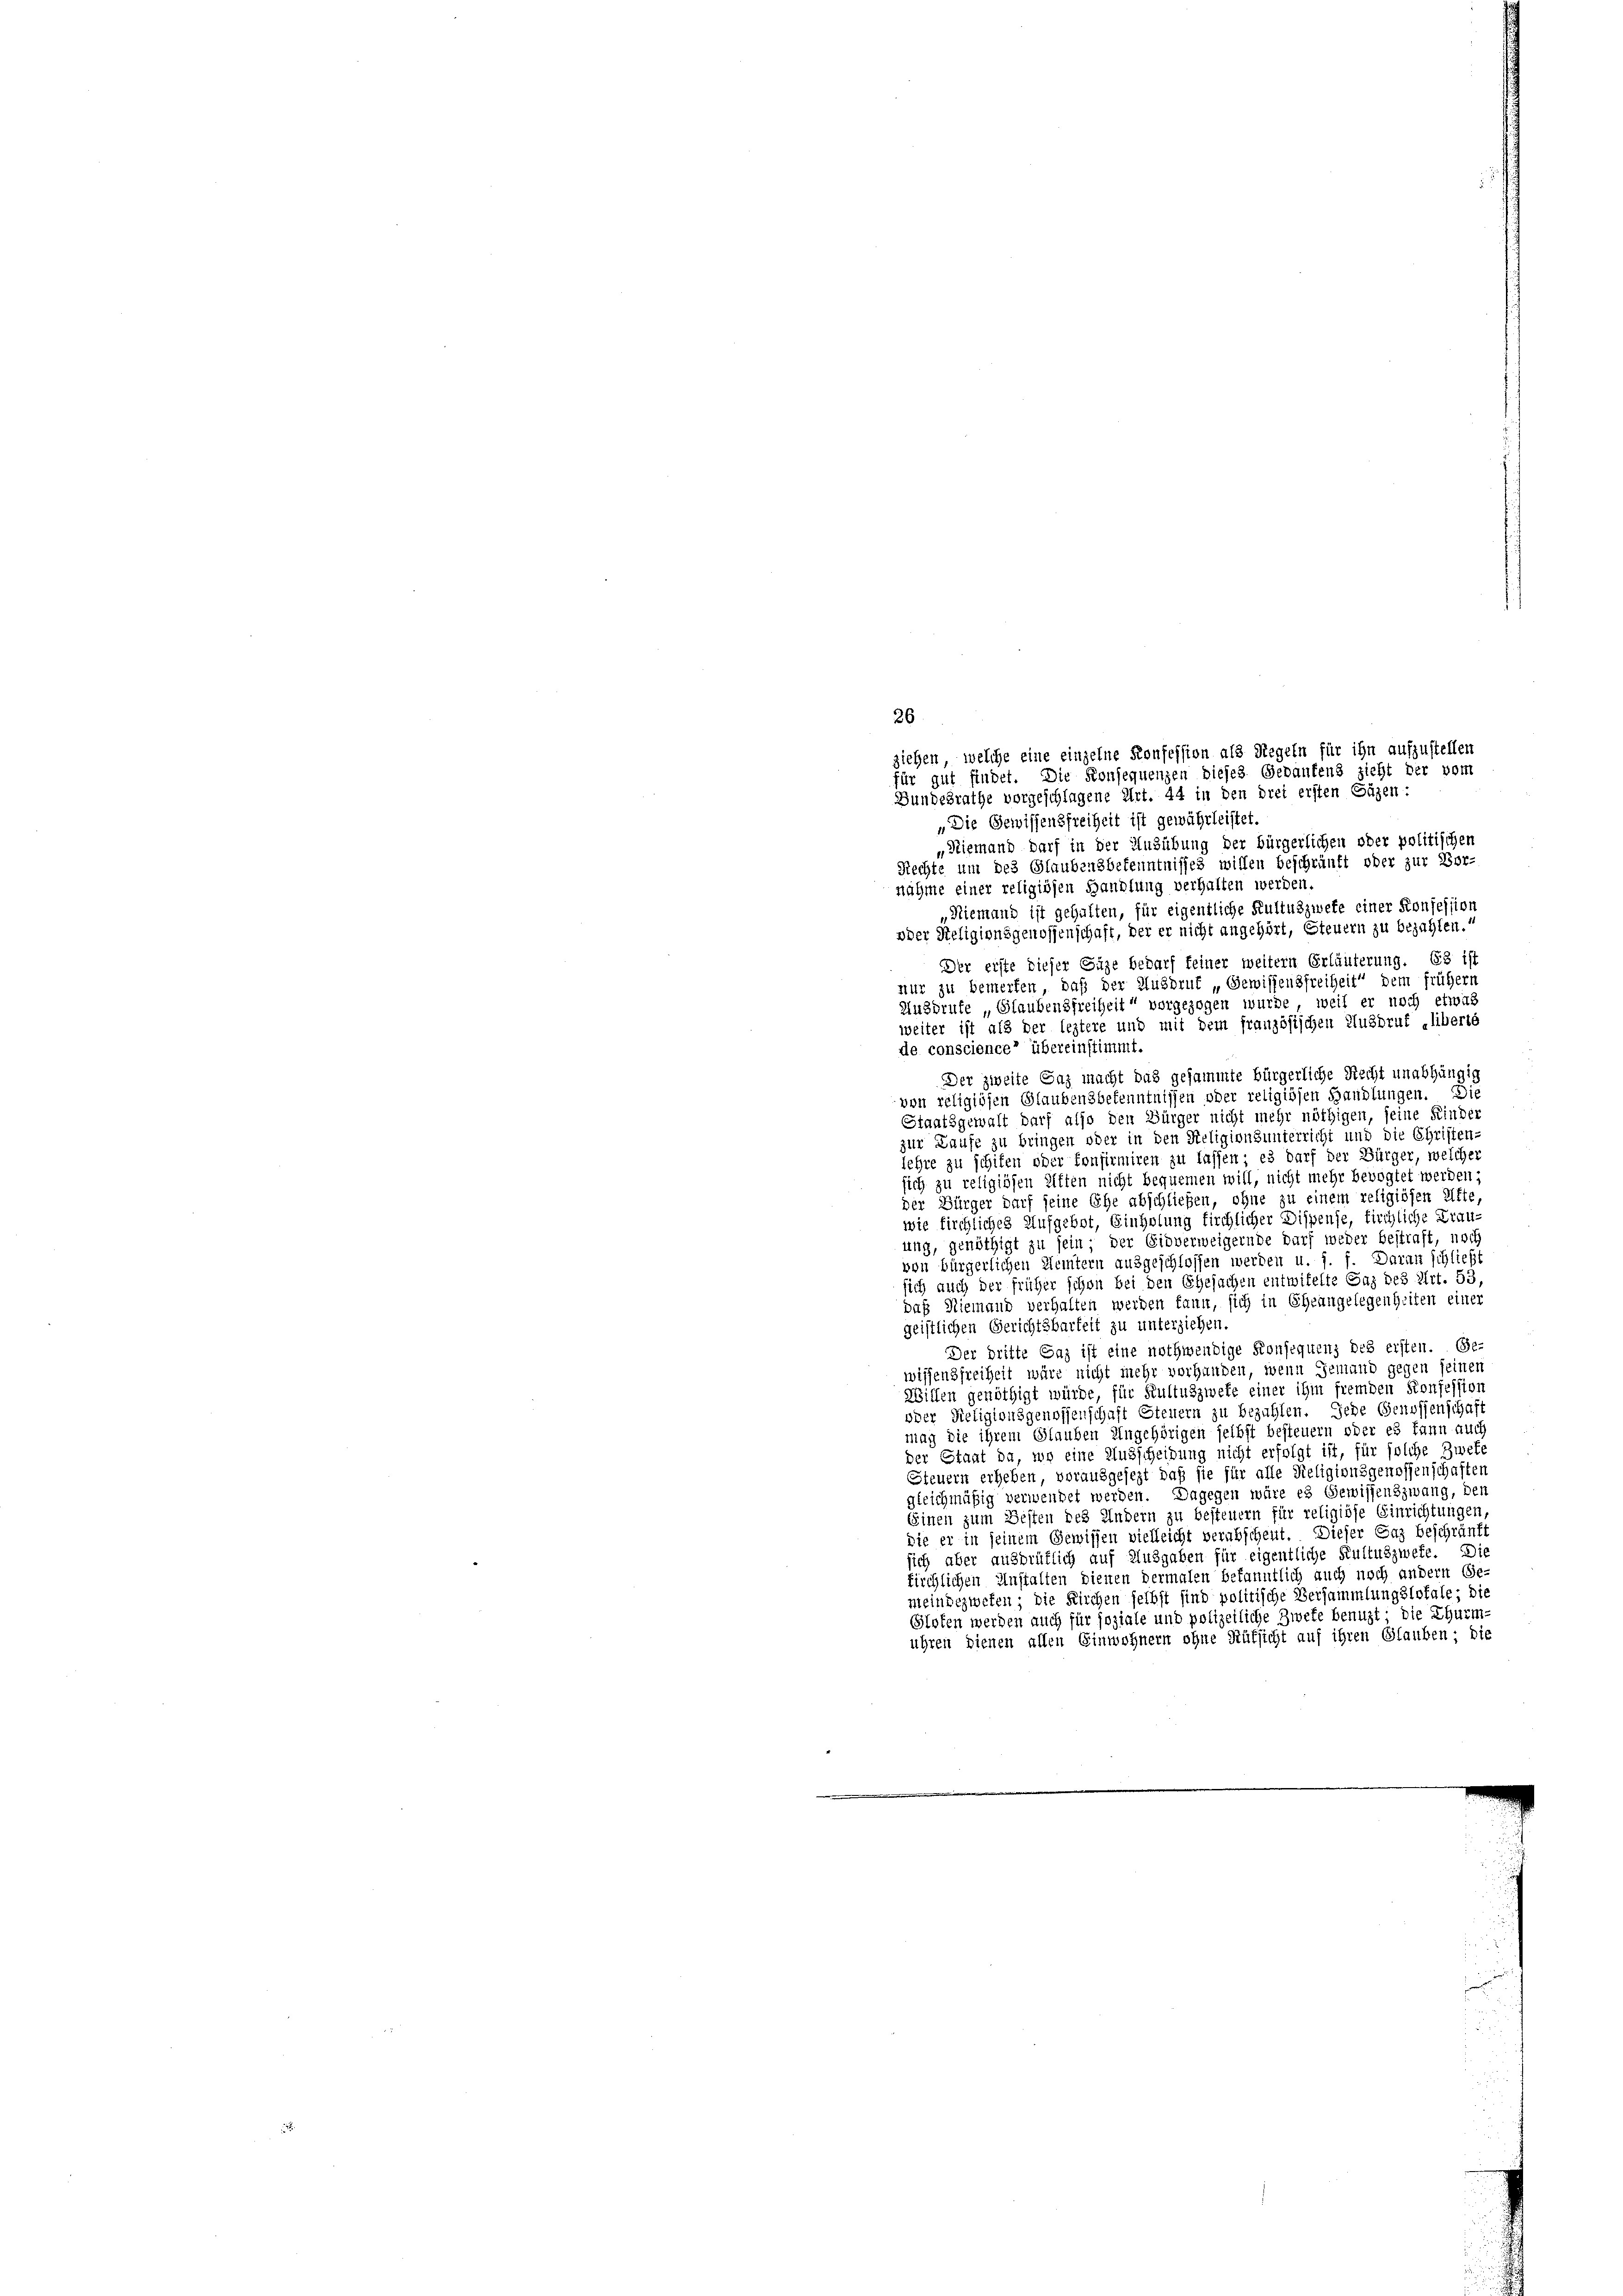
ziehen, welche eine einzelne Konfession als Regeln für ihn aufzustellen
für gut findet. Die Konsequenzen dieses Gedankens zieht der vom
Bundesrathe vorgeschlagene Art. 44 in den drei ersten Gäzen:
„Die Gewissensfreiheit ist gewährleistet.
„Niemand darf in der Ausübung der bürgerlichen oder politischen
Rechte um des Glaubensbekenntnisses willen beschränkt oder zur Vor-
nähme einer religiösen Handlung verhalten werden.
„Niemand ist gehalten, für eigentliche Kultuszwete einer Konsession
oder Religionsgenossenschaft, der er nicht angehört, Steuern zu bezahlen.
Der erste dieser Euze bedarf keiner weitern Erläuterung. Es ist
nur zu bemerken, daß der Ausbruk „Gewissensfreiheit dem frühern
Ausdruke „Glaubensfreiheit“ vorgezogen wurde, weil er noch etwas
weiter ist als der leztere und mit dem französischen Ausbruf liberte
de conscience übereinstimmt.
Der zweite Gaz macht das gesammte Bürgerliche Recht unabhängig
von religiösen Glaubensbekenntnissen oder religiösen Handlungen. Die
Staatsgewalt darf also den Bürger nicht mehr nöthigen, seine Kinder
zur Laufe zu bringen oder in den Religionsunterricht und die Christen-
lehre zu schiten oder Confirmiren zu lassen; es darf der Bürger, welche
sich zu religiösen Eiften nicht bequemen will, nicht mehr bevogtet werden;
der Bürger darf seine Ehe abschließen, ohne zu einem religiösen Afte,
wie firchliches Aufgebot, Einholung firchlicher Dispense, firchliche Krau-
ung, genöthigt zu sein, der Gioverweigernde darf weder bestraft, und
von bürgerlichen Kemtern ausgeschlossen werden u. s. f. Daran schließt
sich auch der früher schon bei den Ehesachen entwifelte Gaz des Art. 53,
daß Niemand verhalten werden kann, sich in Eheangelegenheiten einer
geistlichen Gerichtsbarkeit zu unterziehen.
Der britte Enz ist eine nothwendige Konsequenz des ersten. Ge-
wissensfreiheit wäre nicht mehr vorhanden, wenn Jemand gegen seinen
Willen genöthigt würde, für Kultuszweke einer ihm fremden Konfession
oder Religionsgenossenschaft Steuern zu bezahlen. Jede Genossenschaf
mag die ihrem Glauben Ungehörigen selbst besteuern oder es kann auch
der Staat da, wo eine Ausscheidung nicht erfolgt ist, für solche Zwets
Steuern erheben, vorausgesezt, daß sie für alle Religionsgenossenschaften
gleichmäßig verwendet werden. Dagegen wäre es Gewissenszwang, der
Einen zum Besten des Andern zu besteuern für religiöse Einrichtungen
die er in seinem Gewissen vielleicht verabschent. Dieser Gaz beschränft
sich aber ausdrüklich auf Ausgaben für eigentliche Kultuszwefe. Die
kirchlichen Anstalten dienen dermalen bekanntlich auch noch andern Ge-
meindezwefen; die Kirchen selbst sind politische Versammlungslofale; die
Gloten werden auch für soziale und polizeiliche Zwete benuzt; die Thurm,
ühren dienen allen Einwohnern ohne Rüksicht auf ihren Glauben; die

26